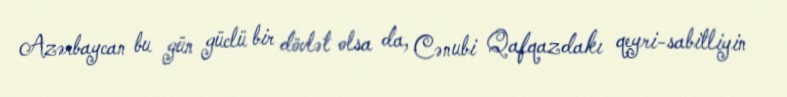
Azərbaycan bu gün güclü bir dövlət olsa da, Cənubi Qafqazdakı qeyri-sabitliyin